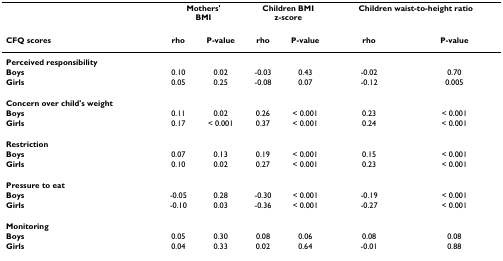
<table><thead><tr><td></td><td colspan="2"><b>Mothers&#x27;BMI</b></td><td colspan="2"><b>Children BMIz-score</b></td><td colspan="2"><b>Children waist-to-height ratio</b></td></tr><tr><td><b>CFQ scores</b></td><td><b>rho</b></td><td><b>P-value</b></td><td><b>rho</b></td><td><b>P-value</b></td><td><b>rho</b></td><td><b>P-value</b></td></tr></thead><tbody><tr><td><b>Perceived responsibility</b></td><td></td><td></td><td></td><td></td><td></td><td></td></tr><tr><td><b>Boys</b></td><td>0.10</td><td>0.02</td><td>-0.03</td><td>0.43</td><td>-0.02</td><td>0.70</td></tr><tr><td><b>Girls</b></td><td>0.05</td><td>0.25</td><td>-0.08</td><td>0.07</td><td>-0.12</td><td>0.005</td></tr><tr><td><b>Concern over child&#x27;s weight</b></td><td></td><td></td><td></td><td></td><td></td><td></td></tr><tr><td><b>Boys</b></td><td>0.11</td><td>0.02</td><td>0.26</td><td>&lt; 0.001</td><td>0.23</td><td>&lt; 0.001</td></tr><tr><td><b>Girls</b></td><td>0.17</td><td>&lt; 0.001</td><td>0.37</td><td>&lt; 0.001</td><td>0.24</td><td>&lt; 0.001</td></tr><tr><td><b>Restriction</b></td><td></td><td></td><td></td><td></td><td></td><td></td></tr><tr><td><b>Boys</b></td><td>0.07</td><td>0.13</td><td>0.19</td><td>&lt; 0.001</td><td>0.15</td><td>&lt; 0.001</td></tr><tr><td><b>Girls</b></td><td>0.10</td><td>0.02</td><td>0.27</td><td>&lt; 0.001</td><td>0.23</td><td>&lt; 0.001</td></tr><tr><td><b>Pressure to eat</b></td><td></td><td></td><td></td><td></td><td></td><td></td></tr><tr><td><b>Boys</b></td><td>-0.05</td><td>0.28</td><td>-0.30</td><td>&lt; 0.001</td><td>-0.19</td><td>&lt; 0.001</td></tr><tr><td><b>Girls</b></td><td>-0.10</td><td>0.03</td><td>-0.36</td><td>&lt; 0.001</td><td>-0.27</td><td>&lt; 0.001</td></tr><tr><td><b>Monitoring</b></td><td></td><td></td><td></td><td></td><td></td><td></td></tr><tr><td><b>Boys</b></td><td>0.05</td><td>0.30</td><td>0.08</td><td>0.06</td><td>0.08</td><td>0.08</td></tr><tr><td><b>Girls</b></td><td>0.04</td><td>0.33</td><td>0.02</td><td>0.64</td><td>-0.01</td><td>0.88</td></tr></tbody></table>